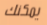
يمكنك